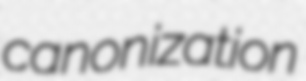
canonization